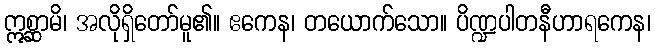
ဣစ္ဆာမိ၊ အလိုရှိတော်မူ၏။ ဧကေန၊ တယောက်သော။ ပိဏ္ဍပါတနီဟာရကေန၊